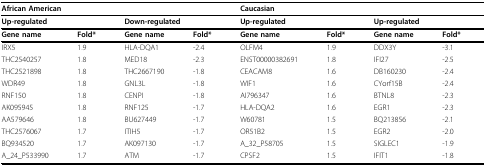
| <COLSPAN=4> African American | <COLSPAN=4> Caucasian |
 | <COLSPAN=2> Up-regulated | <COLSPAN=2> Down-regulated | <COLSPAN=2> Up-regulated | <COLSPAN=2> Up-regulated |
 | Gene name | Fold* | Gene name | Fold* | Gene name | Fold* | Gene name | Fold* |
 | --- | --- | --- | --- | --- | --- | --- | --- |
 | IRX5 | 1.9 | HLA-DQA1 | -2.4 | OLFM4 | 1.9 | DDX3Y | -3.1 |
 | THC2540257 | 1.8 | MED18 | -2.3 | ENST00000382691 | 1.8 | IFI27 | -2.5 |
 | THC2521898 | 1.8 | THC2667190 | -1.8 | CEACAM8 | 1.6 | DB160230 | -2.4 |
 | WDR49 | 1.8 | GNL3L | -1.8 | WIF1 | 1.6 | CYorf15B | -2.4 |
 | RNF150 | 1.8 | CENPI | -1.8 | AI796347 | 1.6 | BTNL8 | -2.3 |
 | AK095945 | 1.8 | RNF125 | -1.7 | HLA-DQA2 | 1.6 | EGR1 | -2.3 |
 | AA579646 | 1.8 | BU627449 | -1.7 | W60781 | 1.5 | BQ213856 | -2.1 |
 | THC2576067 | 1.7 | ITIH5 | -1.7 | OR51B2 | 1.5 | EGR2 | -2.0 |
 | BQ934520 | 1.7 | AK097130 | -1.7 | A_32_P58705 | 1.5 | SIGLEC1 | -1.9 |
 | A_24_P533990 | 1.7 | ATM | -1.7 | CPSF2 | 1.5 | IFIT1 | -1.8 |